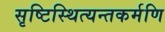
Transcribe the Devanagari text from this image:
सृष्टिस्थित्यन्तकर्मणि